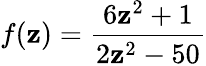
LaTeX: f(\mathbf{z})={\frac{{6\mathbf{z}^{2}+1}}{{2\mathbf{z}^{2}-50}}}